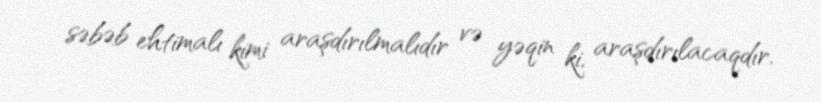
səbəb ehtimalı kimi araşdırılmalıdır və yəqin ki, araşdırılacaqdır.